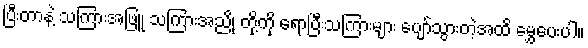
ပြီးတာနဲ့ သကြားအဖြူ သကြားအညို တို့ကို ရောပြီးသကြားများ ပျော်သွားတဲ့အထိ မွှေပေးပါ။